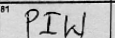
Transcription: PIW